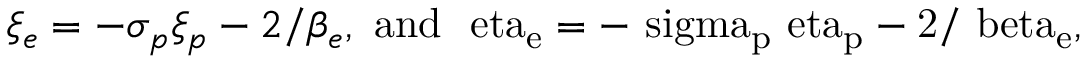
\xi _ { e } = - \sigma _ { p } \xi _ { p } - 2 / \beta _ { e } , ~ \mathrm { { a n d } ~ \ e t a _ { e } = - \ s i g m a _ { p } \ e t a _ { p } - 2 / \ b e t a _ { e } , }